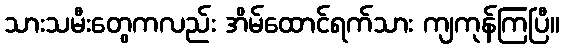
သားသမီးတွေကလည်း အိမ်ထောင်ရက်သား ကျကုန်ကြပြီ။